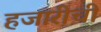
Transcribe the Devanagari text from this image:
हजारीची